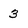
Character: 3